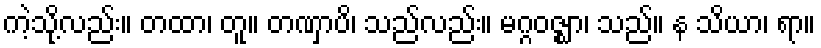
ကဲ့သို့လည်း။ တထာ၊ တူ။ တဏှာပိ၊ သည်လည်း။ မဂ္ဂဝဇ္ဈာ၊ သည်။ န သိယာ၊ ရာ။